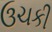
ઉચકી